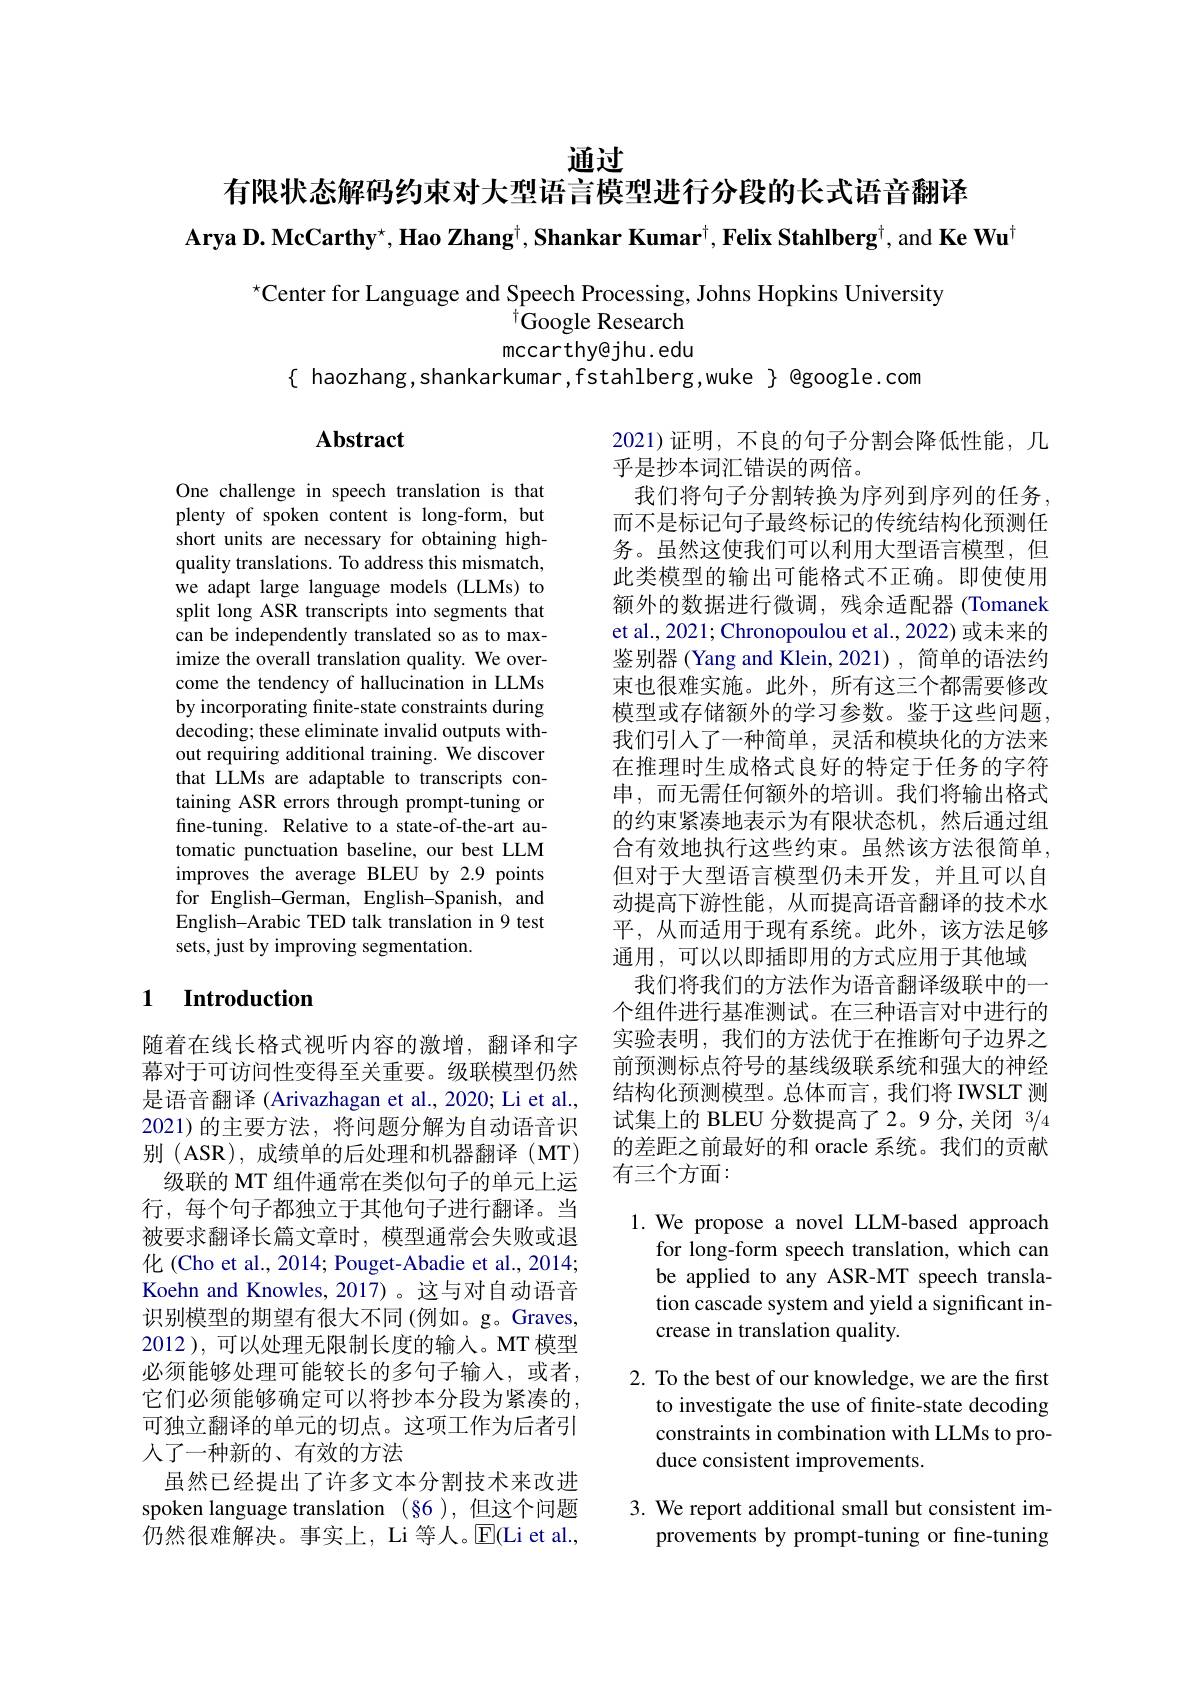
通过

# 有限状态解码约束对大型语言模型进行分段的长式语音翻译$\textbf{Arya D. McCarthy}^{\star},\textbf{Hao Zhang}^{\dagger},\textbf{Shankar Kumar}^{\dagger},\textbf{Felix Stahlberg}^{\dagger}$,and Ke Wu$^{\dagger}$

$^\star$Center for Language and Speech Processing, Johns Hopkins University
$^{\dagger}$Google Research mccarthy@jhu. edu
$\{$ haozhang,shankarkumar,fstahlberg,wuke $\}$ @google.com

## $\mathbf{Abstract}$

One challenge in speech translation is that plenty of spoken content is long-form, but short units are necessary for obtaining highquality translations. To address this mismatch, we adapt large language models (LLMs) to split long ASR transcripts into segments that can be independently translated so as to maximize the overall translation quality. We overcome the tendency of hallucination in LLMs by incorporating finite-state constraints during decoding; these eliminate invalid outputs without requiring additional training. We discover that LLMs are adaptable to transcripts containing ASR errors through prompt-tuning or fine-tuning. Relative to a state-of-the-art automatic punctuation baseline, our best LLM improves the average BLEU by 2.9 points for English-German, English-Spanish, and English-Arabic TED talk translation in 9 test sets, just by improving segmentation.

2021)证明，不良的句子分割会降低性能，几
乎是抄本词汇错误的两倍。
我们将句子分割转换为序列到序列的任务， 而不是标记句子最终标记的传统结构化预测任务。虽然这使我们可以利用大型语言模型，但此类模型的输出可能格式不正确。即使使用额外的数据进行微调，残余适配器(Tomanek et al., 2021; Chronopoulou et al., 2022) 或未来的鉴别器 (Yang and Klein,2021) , 简单的语法约束也很难实施。此外，所有这三个都需要修改模型或存储额外的学习参数。鉴于这些问题。我们引人了一种简单，灵活和模块化的方法来在推理时生成格式良好的特定于任务的字符串，而无需任何额外的培训。我们将输出格式的约束紧凑地表示为有限状态机，然后通过组合有效地执行这些约束。虽然该方法很简单， 但对于大型语言模型仍未开发，并且可以自动提高下游性能，从而提高语音翻译的技术水平，从而适用于现有系统。此外，该方法足够通用，可以以即插即用的方式应用于其他域
我们将我们的方法作为语音翻译级联中的一个组件进行基准测试。在三种语言对中进行的实验表明，我们的方法优于在推断句子边界之前预测标点符号的基线级联系统和强大的神经结构化预测模型。总体而言，我们将 IWSLT 测试集上的 BLEU 分数提高了2。9 分，关闭 3/4的差距之前最好的和 oracle 系统。我们的贡献有三个方面：

### 1 $\textbf{Introduction}$

1. We propose a novel LLM-based approach
for long-form speech translation, which can be applied to any ASR-MT speech translation cascade system and yield a significant increase in translation quality.

随着在线长格式视听内容的激增，翻译和字幕对于可访问性变得至关重要。级联模型仍然是语音翻译 (Arivazhagan et al., 2020; Li et al., 2021)的主要方法，将问题分解为自动语音识别 (ASR), 成绩单的后处理和机器翻译 (MT) 级联的 MT 组件通常在类似句子的单元上运
行，每个句子都独立于其他句子进行翻译。当被要求翻译长篇文章时，模型通常会失败或退化 (Cho et al., 2014; Pouget-Abadie et al., 2014; Koehn and Knowles, 2017)。这与对自动语音识别模型的期望有很大不同(例如。g。Graves, 2012 ), 可以处理无限制长度的输入。MT 模型必须能够处理可能较长的多句子输入，或者， 它们必须能够确定可以将抄本分段为紧凑的， 可独立翻译的单元的切点。这项工作为后者引人了一种新的、有效的方法
虽然已经提出了许多文本分割技术来改进spoken language translation (§6),但这个问题仍然很难解决。事实上，Li 等人。$\mathbb{E}($Li et al.

2. To the best of our knowledge, we are the first
to investigate the use of finite-state decoding constraints in combination with LLMs to produce consistent improvements.

3. We report additional small but consistent im-
provements by prompt-tuning or fine-tuning